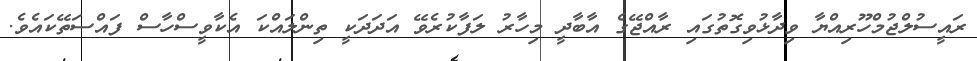
ރައީސުލްޖުމްހޫރިއްޔާ ވިދާޅުވިގޮތުގައި ރާއްޖޭގެ އާބާދީ މިހާރު ލަފާކުރެވޭ އަދަދަކީ ތިންލައްކަ އެކާވީސްހާސް ފައްސަތޭކައެވެ.